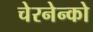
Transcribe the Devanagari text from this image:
चेरनेन्को